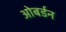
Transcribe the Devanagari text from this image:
ओबर्डन